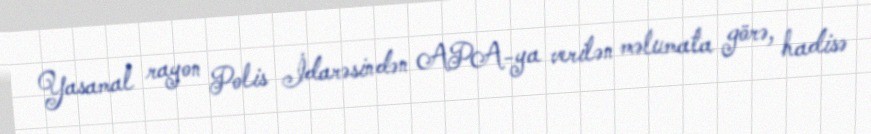
Yasamal rayon Polis İdarəsindən APA-ya verilən məlumata görə, hadisə